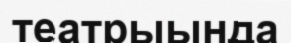
театрыында